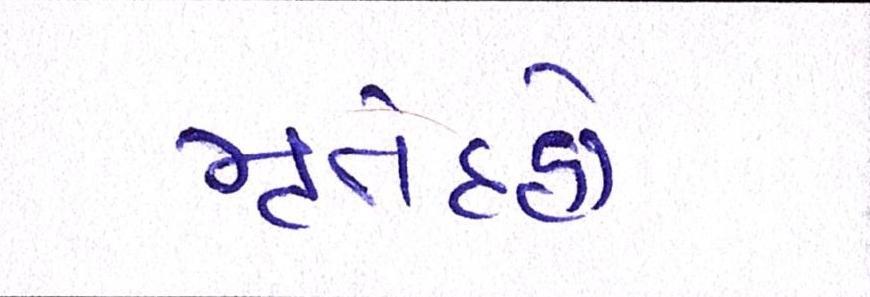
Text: મૃતેદહો